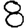
Digit: 8